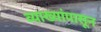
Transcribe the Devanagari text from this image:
व्याख्यांपासून